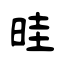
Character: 晆